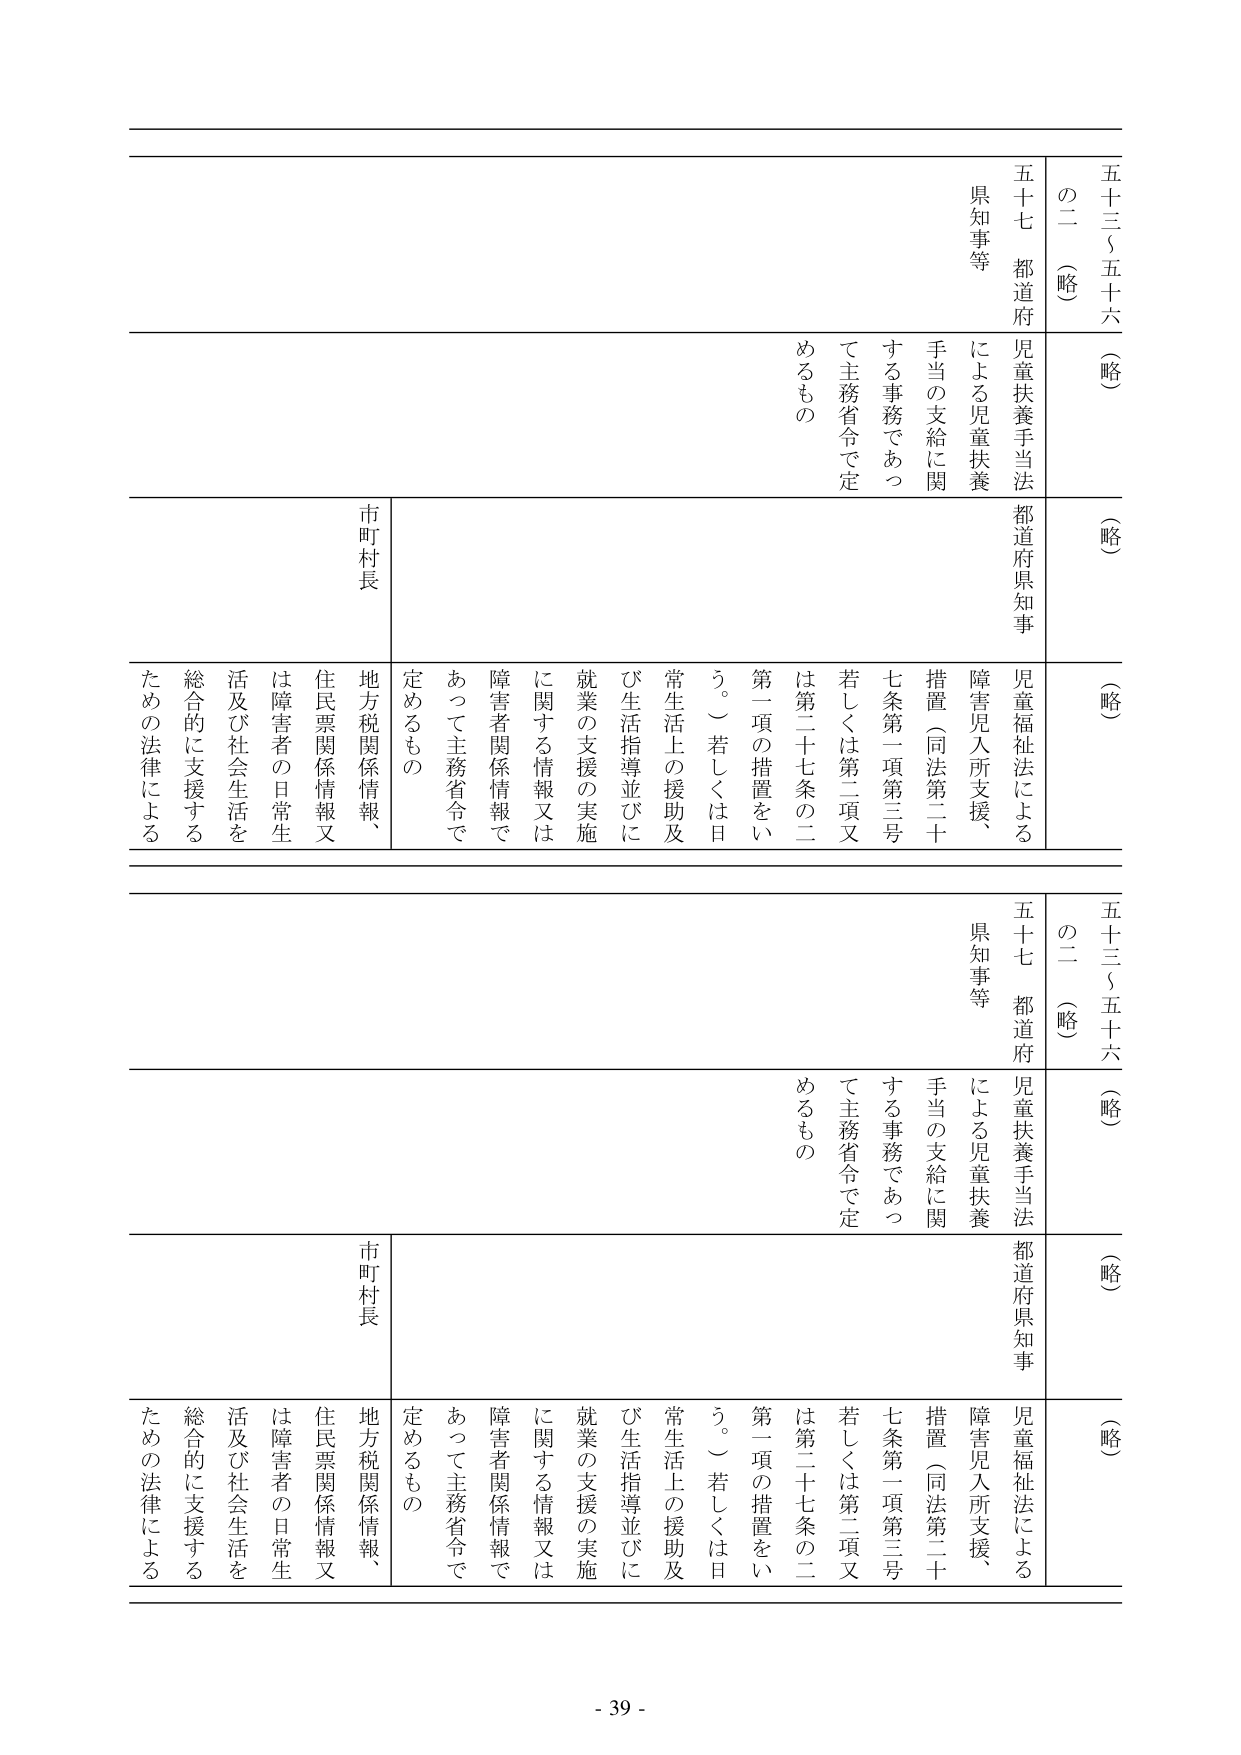
五十三～五十六（略）
の二（略）
五十七 都道府
県知事等
児童扶養手当法
による児童扶養
手当の支給に関
する事務であつ
て主務省令で定
めるもの

（略）
児童福祉法による
障害児入所支援、
措置（同法第二十
七条第一項第三号
若しくは第二項又
は第二十七条の二
第一項の措置をい
う。）若しくは日
常生活上の援助及
び生活指導並びに
就業の支援の実施
に関する情報又は
障害者関係情報で
あつて主務省令で
定めるもの

市町村長
地方税関係情報、
住民票関係情報又
は障害者の日常生
活及び社会生活を
総合的に支援する
ための法律による

五十三～五十六（略）
の二（略）
五十七 都道府
県知事等
児童扶養手当法
による児童扶養
手当の支給に関
する事務であつ
て主務省令で定
めるもの

（略）
児童福祉法による
障害児入所支援、
措置（同法第二十
七条第一項第三号
若しくは第二項又
は第二十七条の二
第一項の措置をい
う。）若しくは日
常生活上の援助及
び生活指導並びに
就業の支援の実施
に関する情報又は
障害者関係情報で
あつて主務省令で
定めるもの

市町村長
地方税関係情報、
住民票関係情報又
は障害者の日常生
活及び社会生活を
総合的に支援する
ための法律による

- 39 -